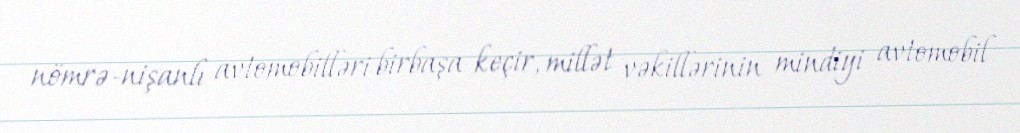
nömrə-nişanlı avtomobilləri birbaşa keçir, millət vəkillərinin mindiyi avtomobil